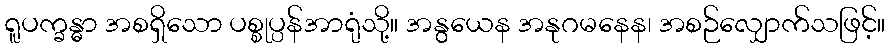
ရူပက္ခန္ဓာ အစရှိသော ပစ္စုပ္ပန်အာရုံသို့။ အနွယေန အနုဂမနေန၊ အစဉ်လျှောက်သဖြင့်။